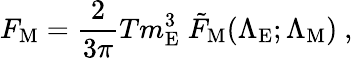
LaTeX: F_{\mathrm{M}}=\frac{2}{3\pi}Tm_{\mathrm{E}}^{3}\; {\tilde{F}}_{\mathrm{M}}({\Lambda}_{\mathrm{E}};{\Lambda}_{\mathrm{M}})\ ,